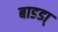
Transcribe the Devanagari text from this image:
बाडडा्